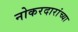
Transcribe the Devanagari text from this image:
नोकरदारांच्या